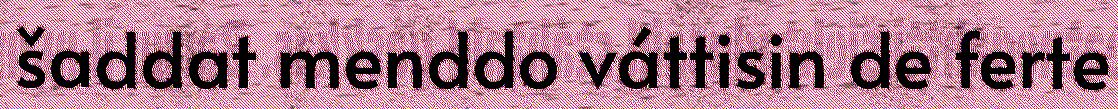
šaddat menddo váttisin de ferte